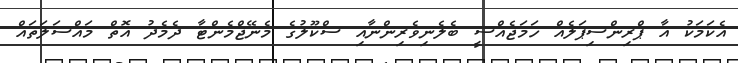
އެކަމަކު އާ ޕްރިންސިޕަލެއް ހަމަޖެއްސީ ބެލެނިވެރިންނާއި ސްކޫލުގެ މެނޭޖްމެންޓާ ދެމެދު އޮތް މައްސަލަތައް